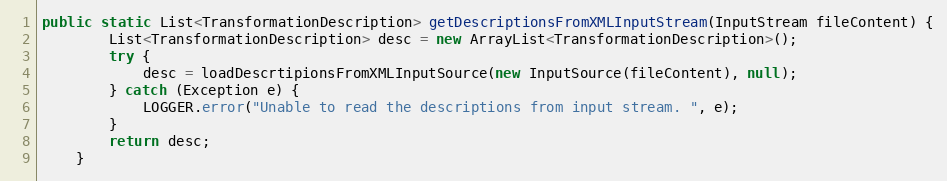
Language: Java
public static List<TransformationDescription> getDescriptionsFromXMLInputStream(InputStream fileContent) {
        List<TransformationDescription> desc = new ArrayList<TransformationDescription>();
        try {
            desc = loadDescrtipionsFromXMLInputSource(new InputSource(fileContent), null);
        } catch (Exception e) {
            LOGGER.error("Unable to read the descriptions from input stream. ", e);
        }
        return desc;
    }